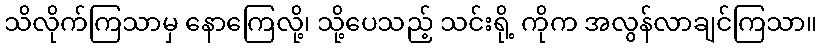
သိလိုက်ကြသာမှ နောကြေလို့၊ သို့ပေသည့် သင်းရို့ ကိုက အလွန်လာချင်ကြသာ။